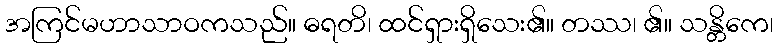
အကြင်မဟာသာဝကသည်။ ဓရတိ၊ ထင်ရှားရှိသေး၏။ တဿ၊ ၏။ သန္တိကေ၊